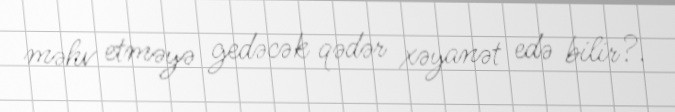
məhv etməyə gedəcək qədər xəyanət edə bilir?.